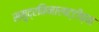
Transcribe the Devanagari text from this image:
समुद्रकिनारपट्टीच्या